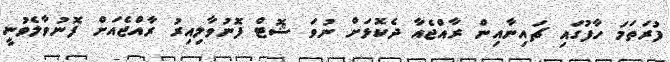
ފުރަތަމަ ހާފުގައި ޗައިނާއިން ރާއްޖެއާ ދެކޮޅަށް ނުވަ ޝޮޓް ފޮނުވާލިއިރު ރާއްޖެއަށް ފޮނުވާލެވުނީ